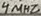
Text: 4MHZ